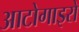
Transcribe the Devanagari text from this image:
आटोगाइरो